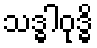
သဒ္ဓါဝုဒ္ဓိ